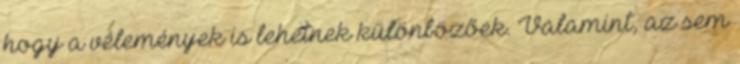
hogy a vélemények is lehetnek különbözőek. Valamint, az sem